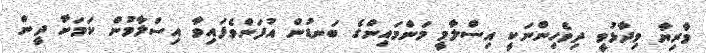
މާރިޔާ ވިދާޅުވީ ދިވެހިންނަކީ އިސްލާމީ މަންމައިންގެ ބަނޑުން އުފަންވެފައިވާ އިސްލާމުން ކަމަށާ ދީން